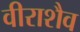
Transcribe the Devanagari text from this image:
वीराशैव